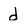
Character: d